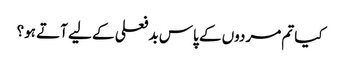
کیا تم مردوں کے پاس بد فعلی کے لیے آتے ہو؟